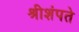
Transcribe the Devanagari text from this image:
श्रीशंपते